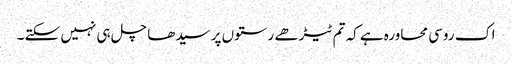
اک روسی محاورہ ہے کہ تم ٹیڑھے رستوں پر سیدھا چل ہی نہیں سکتے ۔